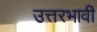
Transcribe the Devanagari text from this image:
उत्तरभावी